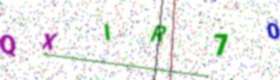
Text: QXIR70